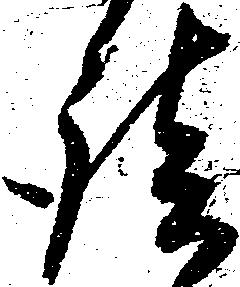
談